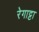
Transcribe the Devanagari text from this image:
रेगाट्टा